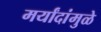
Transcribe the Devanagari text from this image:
मर्यांदांमुळे